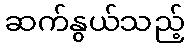
ဆက်နွယ်သည့်